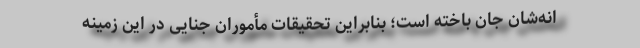
انه‌شان جان باخته است؛ بنابراین تحقیقات مأموران جنایی در این زمینه